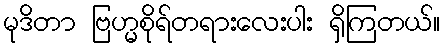
မုဒိတာ ဗြဟ္မစိုရ်တရားလေးပါး ရှိကြတယ်။